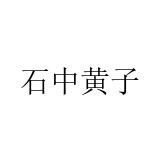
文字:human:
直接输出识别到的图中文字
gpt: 石中黄子